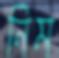
নিম